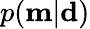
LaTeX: p(\mathbf{m}|\mathbf{d})